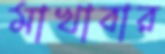
মাখাবার